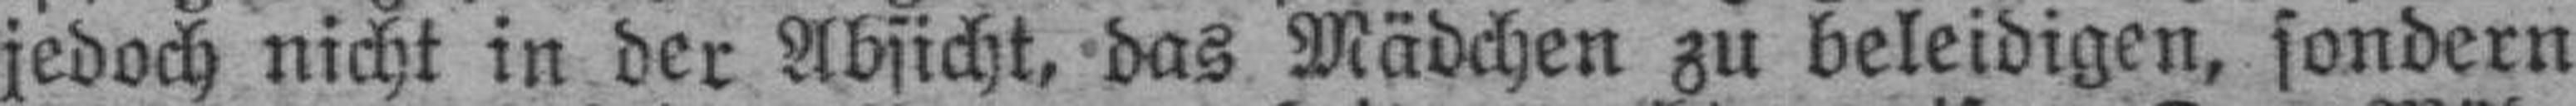
jedoch nicht in der Absicht, das Mädchen zu beleidigen, sondern